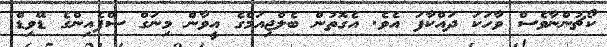
ކޯޗުންނާވެސް ވާހަކަ ދައްކާފަ އެވެ. އެގޮތުން ބެލްޖިއަމްގެ އީވާން މިނަގް ސްޕެއިންގެ ޑޭވިޑް